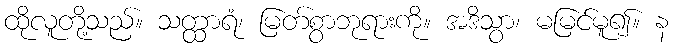
ထိုလူတို့သည်။ သတ္ထာရံ၊ မြတ်စွာဘုရားကို။ အဒိသွာ၊ မမြင်မူ၍။ န